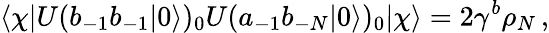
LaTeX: \langle\chi|U(b_{-1}b_{-1}|0\rangle)_{0}U(a_{-1}b_{-N}|0\rangle)_{0}|\chi\rangle=2\gamma^{b}\rho_{N}\, ,